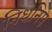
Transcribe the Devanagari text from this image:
निधनिप